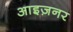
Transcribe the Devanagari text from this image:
आइज़नर